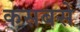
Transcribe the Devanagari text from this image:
कसबसे